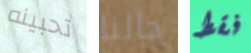
تحبينه حالنا فقط